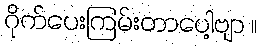
ဂိုက်ပေးကြမ်းတာပေါ့ဗျာ ။